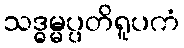
သဒ္ဓမ္မပ္ပတိရူပကံ